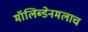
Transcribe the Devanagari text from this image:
मॉलिब्डेनमलाच